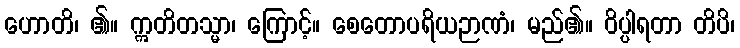
ဟောတိ၊ ၏။ ဣတိတသ္မာ၊ ကြောင့်။ စေတောပရိယဉာဏံ၊ မည်၏။ ဝိပ္ပါရတာ တိပိ၊